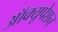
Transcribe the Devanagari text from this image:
ऑक्यूपेशन